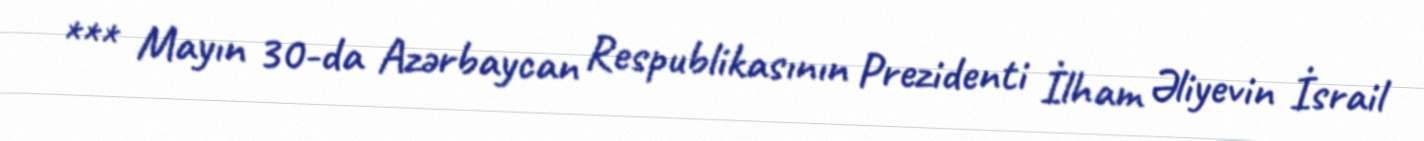
*** Mayın 30-da Azərbaycan Respublikasının Prezidenti İlham Əliyevin İsrail